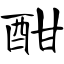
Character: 酣